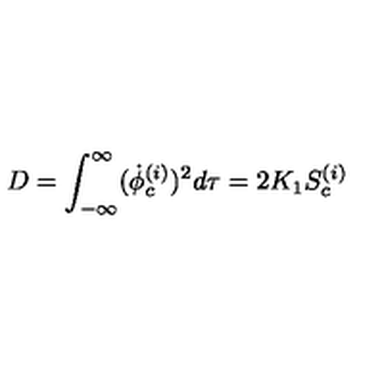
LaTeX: D = \int _ { - \infty } ^ { \infty } ( { \dot { \phi } } _ { c } ^ { ( i ) } ) ^ { 2 } d \tau = 2 K _ { 1 } S _ { c } ^ { ( i ) }